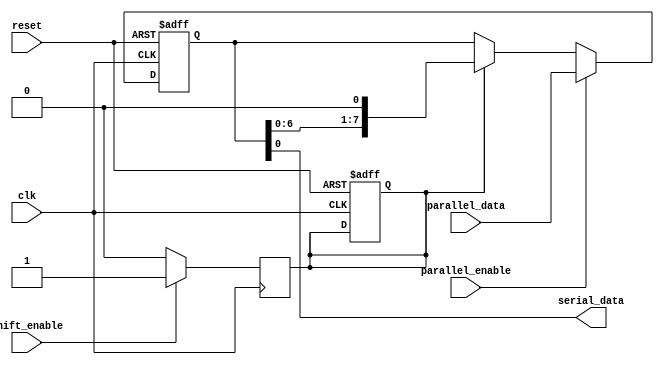
module piso_register (
  input clk,
  input reset,
  input parallel_enable,
  input shift_enable,
  input [7:0] parallel_data,
  output serial_data
);

reg [7:0] internal_register;
reg [7:0] serial_out;
reg shift_enable_internal;

always @(posedge clk or posedge reset) begin
  if (reset) begin
    internal_register <= 8'h00;
    serial_out <= 8'h00;
    shift_enable_internal <= 1'b0;
  end else begin
    if (parallel_enable) begin
      internal_register <= parallel_data;
    end else if (shift_enable_internal) begin
      internal_register <= internal_register << 1;
    end
  end
end

always @(posedge clk) begin
  if (shift_enable) begin
    shift_enable_internal <= 1'b1;
  end else begin
    shift_enable_internal <= 1'b0;
  end
end

assign serial_data = internal_register[0];

endmodule